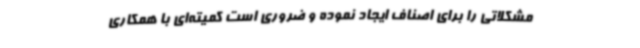
مشکلاتی را برای اصناف ایجاد نموده و ضروری است کمیته‌ای با همکاری